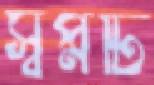
স্বপ্নটি